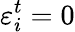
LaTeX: \varepsilon_{i}^{t}=0